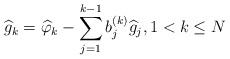
LaTeX: \begin{align*}\widehat{g}_{k} = \widehat{\varphi}_{k} - \sum_{j=1}^{k-1} b^{(k)}_{j} \widehat{g}_{j},1< k\leq N\end{align*}